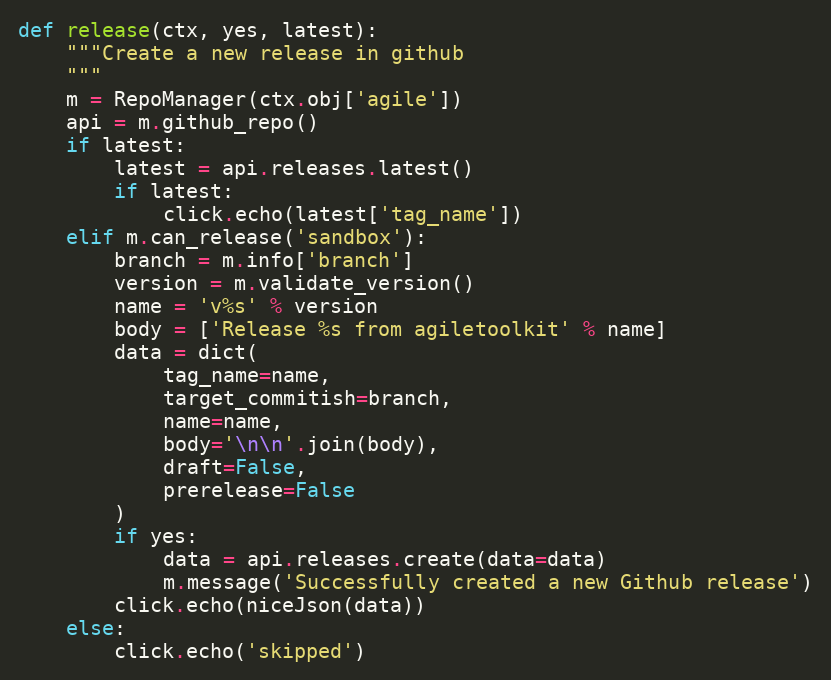
Language: Python
def release(ctx, yes, latest):
    """Create a new release in github
    """
    m = RepoManager(ctx.obj['agile'])
    api = m.github_repo()
    if latest:
        latest = api.releases.latest()
        if latest:
            click.echo(latest['tag_name'])
    elif m.can_release('sandbox'):
        branch = m.info['branch']
        version = m.validate_version()
        name = 'v%s' % version
        body = ['Release %s from agiletoolkit' % name]
        data = dict(
            tag_name=name,
            target_commitish=branch,
            name=name,
            body='\n\n'.join(body),
            draft=False,
            prerelease=False
        )
        if yes:
            data = api.releases.create(data=data)
            m.message('Successfully created a new Github release')
        click.echo(niceJson(data))
    else:
        click.echo('skipped')